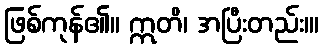
ဖြစ်ကုန်၏။ ဣတိ၊ အပြီးတည်း။၊